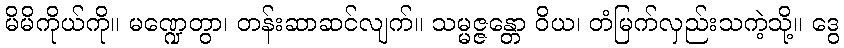
မိမိကိုယ်ကို။ မဏ္ဍေတွာ၊ တန်းဆာဆင်လျက်။ သမ္မဇ္ဇန္တော ဝိယ၊ တံမြက်လှည်းသကဲ့သို့။ ဒွေ